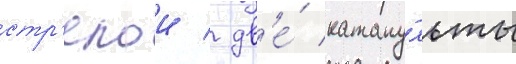
стр'елои / дв'е́ катапу́льты